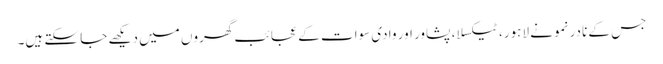
جس کے نادر نمونے لاہور، ٹیکسلا، پشاور اور وادی سوات کے عجائب گھروں میں دیکھے جا سکتے ہیں۔